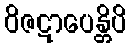
ဝိဇဋာပေန္တိပိ